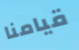
قيامنا